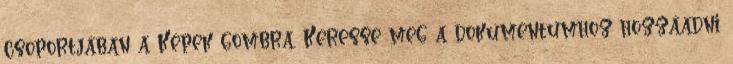
csoportjában a Képek gombra. Keresse meg a dokumentumhoz hozzáadni